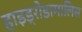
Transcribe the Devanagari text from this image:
हाइड्रोडामालिस